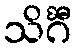
သိင်္ဂီ